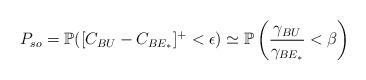
LaTeX: \begin{align*} P_{so} = \mathbb{P}([C_{BU} - C_{BE_*}]^+< \epsilon) \simeq \mathbb{P}\left(\frac{\gamma_{BU}}{\gamma_{BE_*}}<\beta\right)\end{align*}